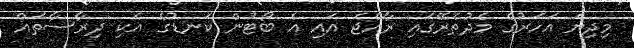
މިދިޔަ އަހަރުގެ މެދުތެރޭގައި ރާއްޖެ އައި އެ ބޯޓުން ކަނޑުގެ އެކި ދިރާސާތައް